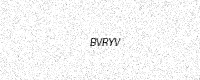
Text: BVRYV